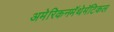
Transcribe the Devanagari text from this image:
अमेरिकनमॅथेमॅटिकल